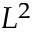
L ^ { 2 }